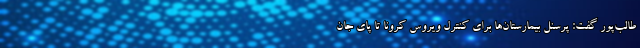
طالب‌پور گفت: پرسنل بیمارستان‌ها برای کنترل ویروس کرونا تا پای جان